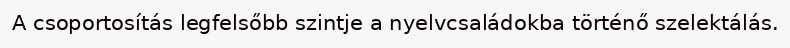
A csoportosítás legfelsőbb szintje a nyelvcsaládokba történő szelektálás.